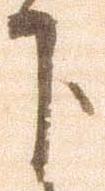
下